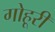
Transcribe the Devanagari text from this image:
गोहूरी